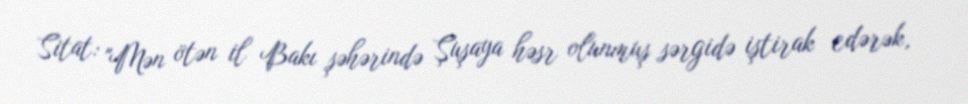
Sitat: "Mən ötən il Bakı şəhərində Şuşaya həsr olunmuş sərgidə iştirak edərək,